Civil Veterinary Dept. Bombay admin report 1923-31 - 1923-1931
Year: 1923
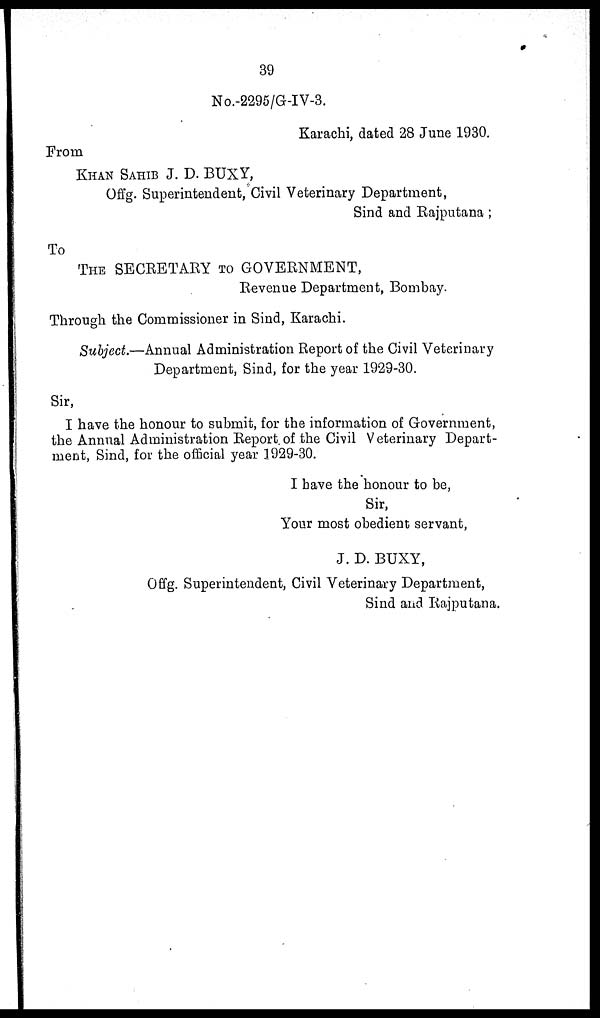
39
No.-2295/G-IV-3.
Karachi, dated 28 June 1930.
From
KHAN SAHIB J. D. BUXY,
Offg. Superintendent, Civil Veterinary Department,
Sind and Rajputana;
To
THE SECRETARY TO GOVERNMENT,
Revenue Department, Bombay.
Through the Commissioner in Sind, Karachi.
Subject.—Annual Administration Report of the Civil Veterinary
Department, Sind, for the year 1929-30.
Sir,
I have the honour to submit, for the information of Government,
the Annual Administration Report of the Civil Veterinary Depart-
ment, Sind, for the official year 1929-30.
I have the honour to be,
Sir,
Your most obedient servant,
J. D. BUXY,
Offg. Superintendent, Civil Veterinary Department,
Sind and Rajputana.